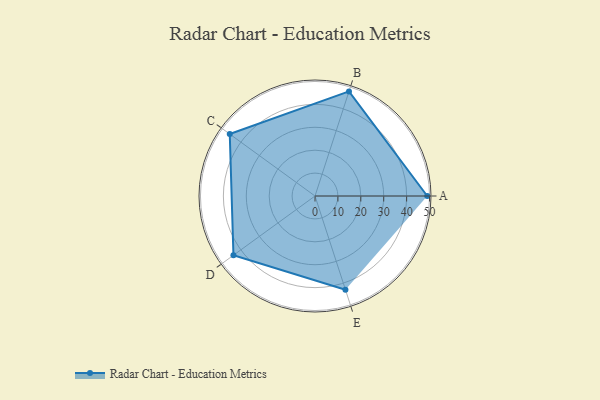
{"axis": {"x": "Skill", "y": "Score"}, "legend": ["Profile"], "data": [{"x": "A", "y": 49.0, "type": "Profile"}, {"x": "B", "y": 48.0, "type": "Profile"}, {"x": "C", "y": 46.0, "type": "Profile"}, {"x": "D", "y": 44.0, "type": "Profile"}, {"x": "E", "y": 43.0, "type": "Profile"}]}